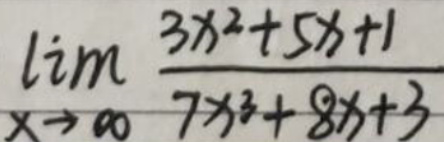
$\lim_{x \to \infty} \frac{3x^2 + 5x + 1}{7x^3 + 8x + 3}$